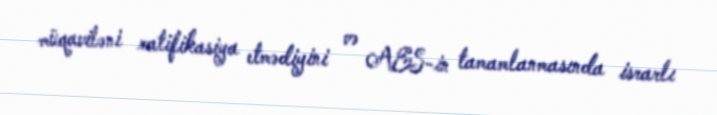
müqaviləni ratifikasiya etmədiyini və AES-in tamamlanmasında israrlı